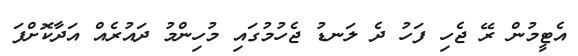
އެޓީމުން ރޭ ޖެހި ފަހު ދެ ލަނޑު ޖެހުމުގައި މުހިންމު ދައުރެއް އަދާކޮށްފަ